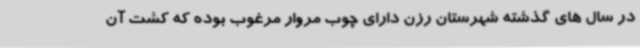
در سال های گذشته شهرستان رزن دارای چوب مروار مرغوب بوده که کشت آن